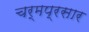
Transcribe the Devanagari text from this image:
चर्मप्रसार